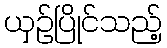
ယှဉ်ပြိုင်သည့်